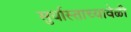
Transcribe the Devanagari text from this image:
सुर्यास्ताच्यावेळी